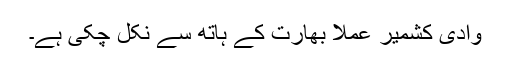
وادیٔ کشمیر عملاََ بھارت کے ہاتھ سے نکل چکی ہے۔